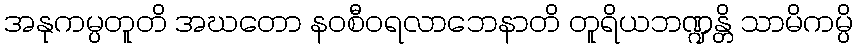
အနုကမ္ပတူတိ အဃတော နဝစီဝရလာဘေနာတိ တူရိယဘဏ္ဍန္တိ သာမိကမ္ပိ